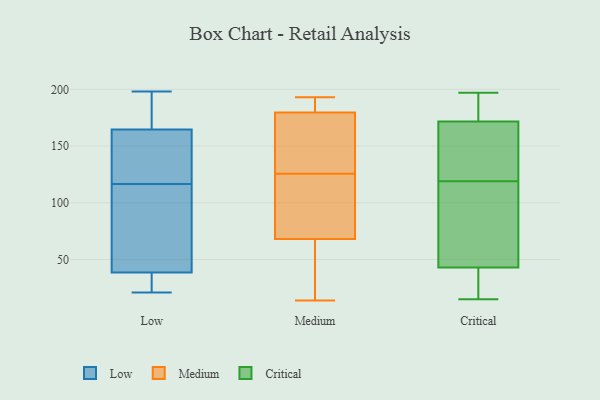
{"axis": {"x": "Operating Costs (USD K)", "y": "Value"}, "legend": ["Critical", "Low", "Medium"], "data": [{"x": "", "y": 116, "type": "Low"}, {"x": "", "y": 171, "type": "Low"}, {"x": "", "y": 40, "type": "Low"}, {"x": "", "y": 35, "type": "Low"}, {"x": "", "y": 124, "type": "Low"}, {"x": "", "y": 198, "type": "Low"}, {"x": "", "y": 125, "type": "Low"}, {"x": "", "y": 117, "type": "Low"}, {"x": "", "y": 21, "type": "Low"}, {"x": "", "y": 161, "type": "Low"}, {"x": "", "y": 66, "type": "Low"}, {"x": "", "y": 189, "type": "Low"}, {"x": "", "y": 96, "type": "Low"}, {"x": "", "y": 168, "type": "Low"}, {"x": "", "y": 34, "type": "Low"}, {"x": "", "y": 37, "type": "Low"}, {"x": "", "y": 186, "type": "Medium"}, {"x": "", "y": 47, "type": "Medium"}, {"x": "", "y": 181, "type": "Medium"}, {"x": "", "y": 113, "type": "Medium"}, {"x": "", "y": 31, "type": "Medium"}, {"x": "", "y": 192, "type": "Medium"}, {"x": "", "y": 178, "type": "Medium"}, {"x": "", "y": 146, "type": "Medium"}, {"x": "", "y": 23, "type": "Medium"}, {"x": "", "y": 14, "type": "Medium"}, {"x": "", "y": 116, "type": "Medium"}, {"x": "", "y": 129, "type": "Medium"}, {"x": "", "y": 120, "type": "Medium"}, {"x": "", "y": 68, "type": "Medium"}, {"x": "", "y": 68, "type": "Medium"}, {"x": "", "y": 146, "type": "Medium"}, {"x": "", "y": 148, "type": "Medium"}, {"x": "", "y": 193, "type": "Medium"}, {"x": "", "y": 122, "type": "Medium"}, {"x": "", "y": 186, "type": "Medium"}, {"x": "", "y": 26, "type": "Critical"}, {"x": "", "y": 165, "type": "Critical"}, {"x": "", "y": 156, "type": "Critical"}, {"x": "", "y": 174, "type": "Critical"}, {"x": "", "y": 175, "type": "Critical"}, {"x": "", "y": 49, "type": "Critical"}, {"x": "", "y": 197, "type": "Critical"}, {"x": "", "y": 161, "type": "Critical"}, {"x": "", "y": 62, "type": "Critical"}, {"x": "", "y": 26, "type": "Critical"}, {"x": "", "y": 68, "type": "Critical"}, {"x": "", "y": 41, "type": "Critical"}, {"x": "", "y": 128, "type": "Critical"}, {"x": "", "y": 103, "type": "Critical"}, {"x": "", "y": 180, "type": "Critical"}, {"x": "", "y": 15, "type": "Critical"}, {"x": "", "y": 119, "type": "Critical"}, {"x": "", "y": 37, "type": "Critical"}, {"x": "", "y": 184, "type": "Critical"}]}